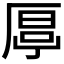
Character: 𠪋